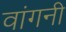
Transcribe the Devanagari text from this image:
वांगनी